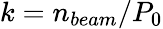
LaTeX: k=n_{beam}/P_{0}